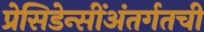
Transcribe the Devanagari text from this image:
प्रेसिडेन्सींअंतर्गतची